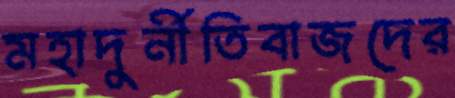
মহাদুর্নীতিবাজদের